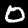
Label: 0